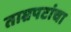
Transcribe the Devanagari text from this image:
ताम्रपटांचा